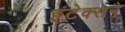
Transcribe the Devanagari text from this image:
इंटेक्सने